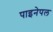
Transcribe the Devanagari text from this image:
पाइनेपल